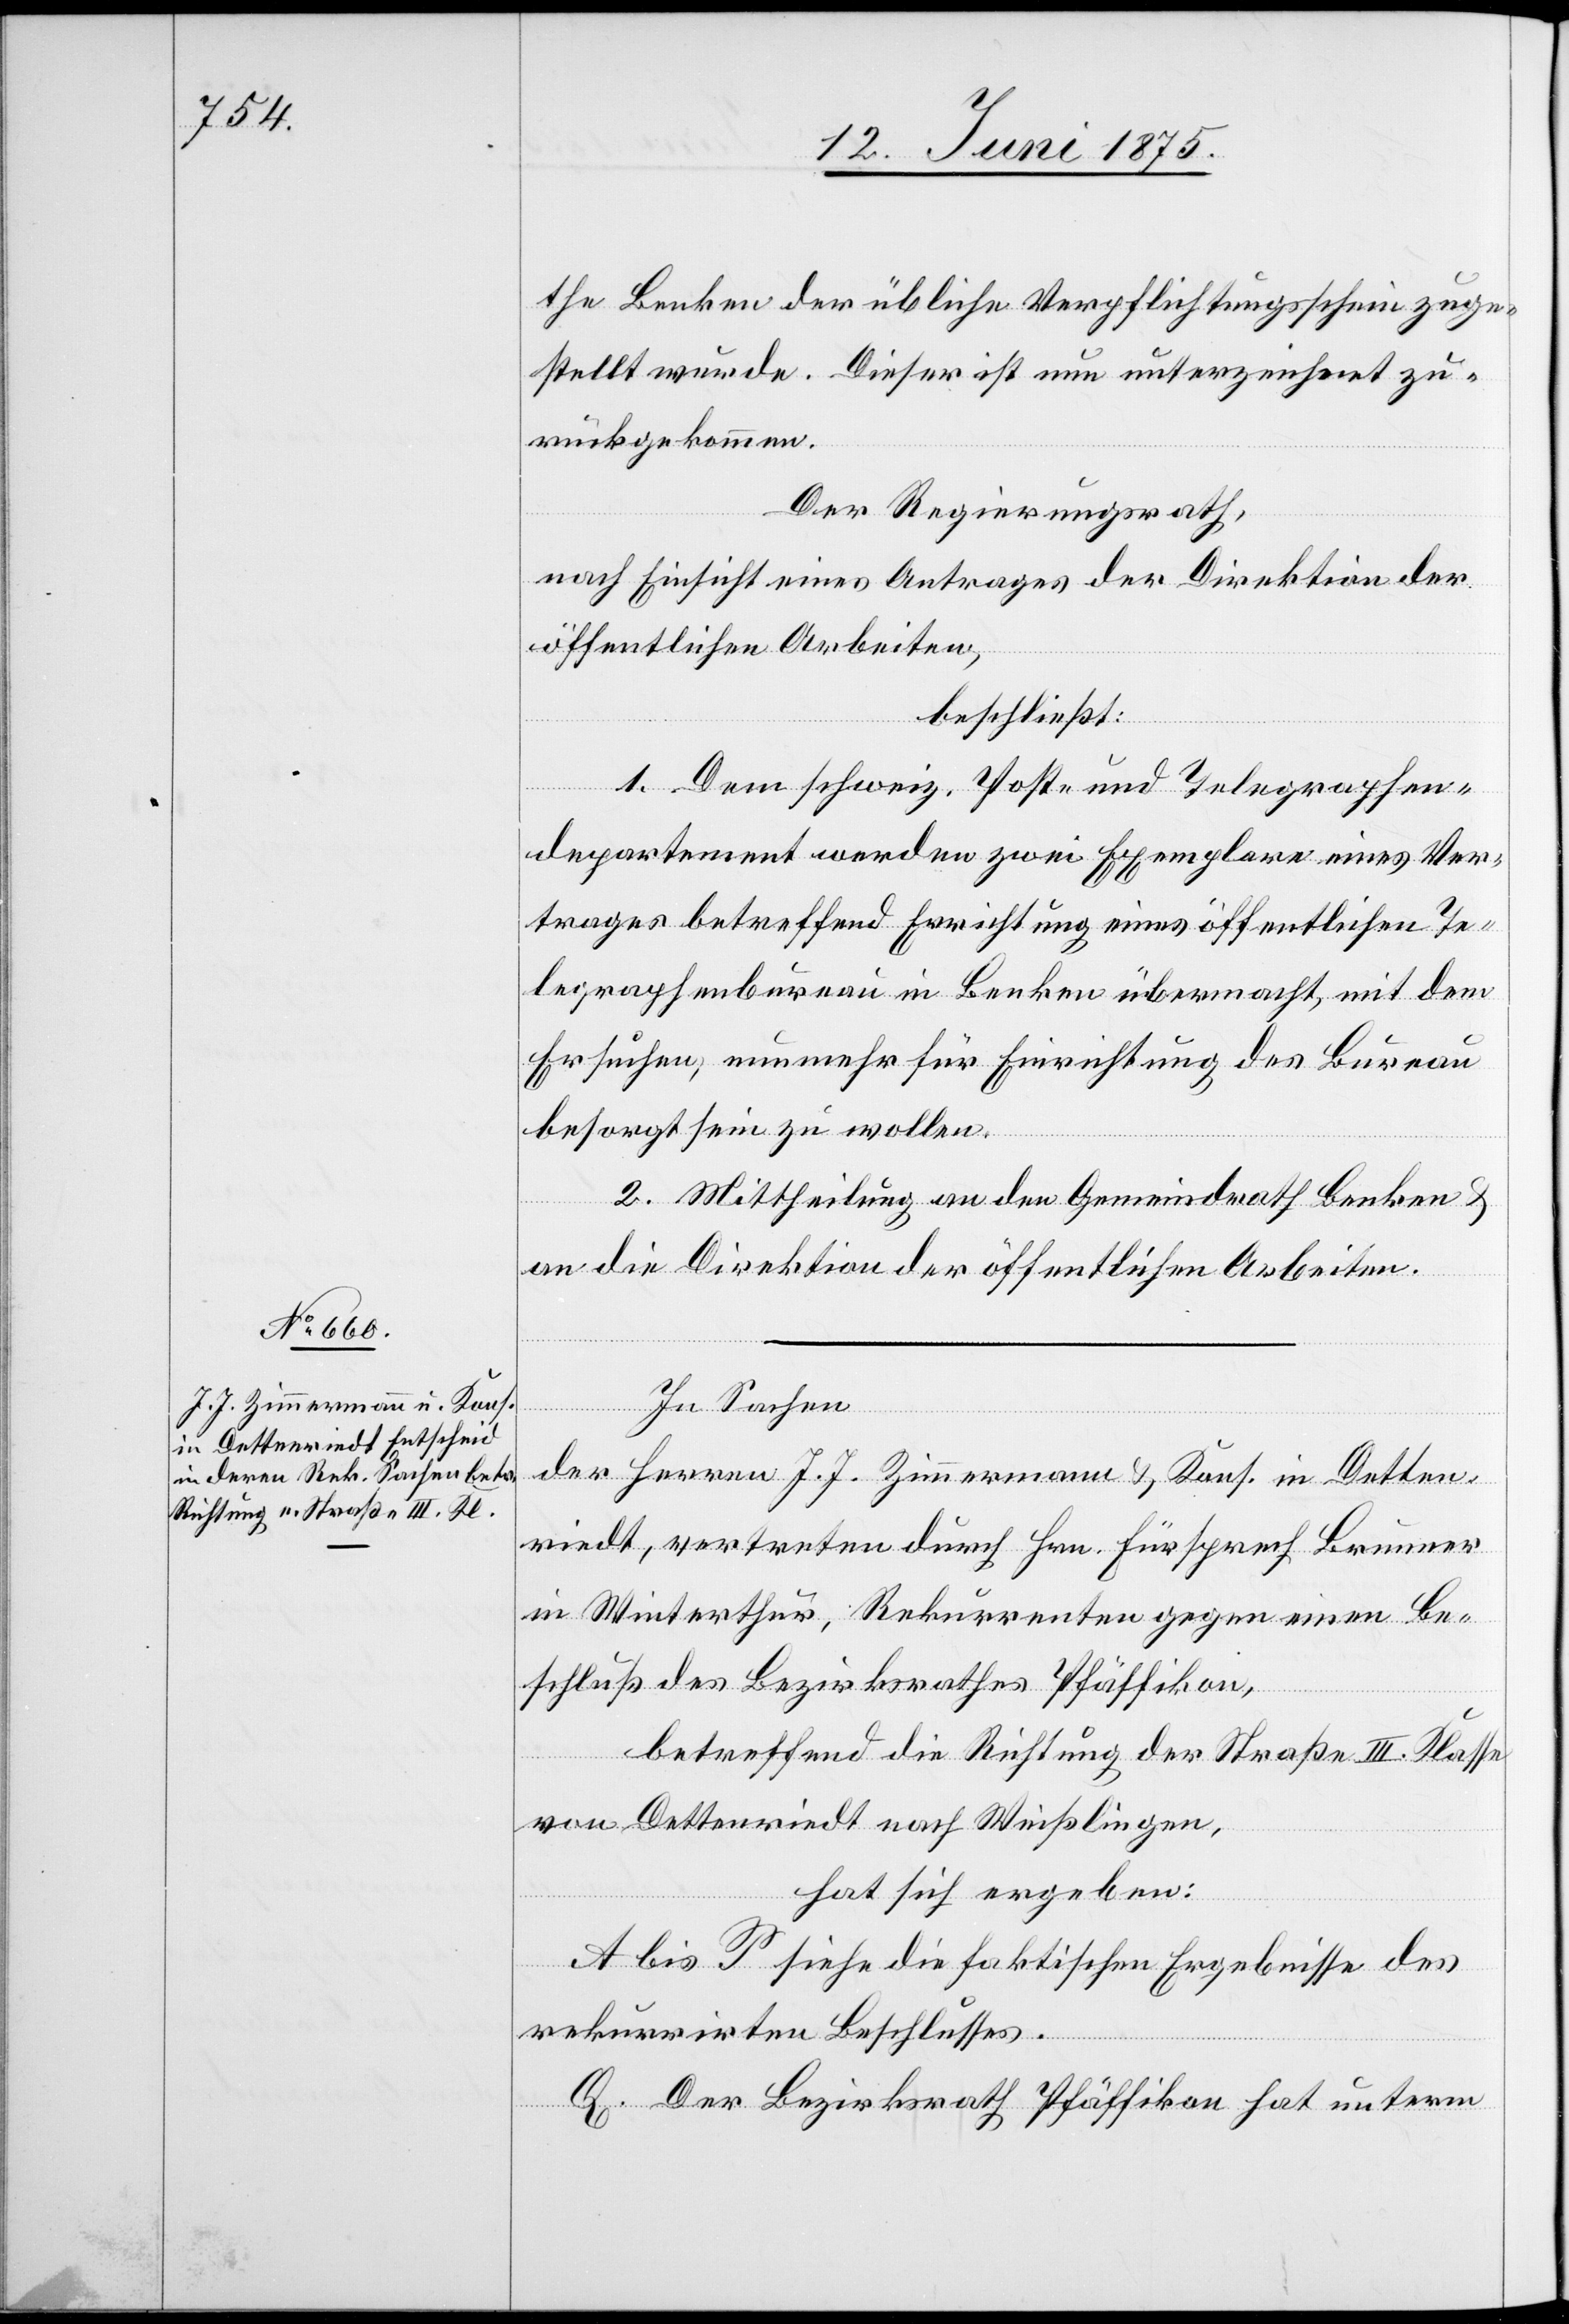
the Benken der übliche Verpflichtungsschein zuge¬
stellt wurde. Dieser ist nun unterzeichnet zu¬
rückgekommen.
Der Regierungsrath,
nach Einsicht eines Antrages der Direktion der
öffentlichen Arbeiten,
beschließt:
1. Dem schweiz. Post- und Telegraphen¬
departement werden zwei Exemplare eines Ver¬
trages betreffend Errichtung eines öffentlichen Te¬
legraphenbureau in Benken übermacht, mit dem
Ersuchen, nunmehr für Errichtung des Bureau
besorgt sein zu wollen.
2. Mittheilung an den Gemeindrath Benken
an die Direktion der öffentlichen Arbeiten.
In Sachen
der Herren J. J. Zimmermann & Kons. in Detten¬
riedt, vertreten durch Hrn. Fürsprech Brunner
in Winterthur, Rekurrenten gegen einen Be¬
schluß des Bezirksrathes Pfäffikon,
betreffend die Richtung der Straße II. Klasse
von Dettenriedt nach Weißlingen,
hat sich ergeben:
A bis P siehe die faktischen Ergebnisse des
rekurrirten Beschlusses.
Q. Der Bezirksrath Pfäffikon hat unterm